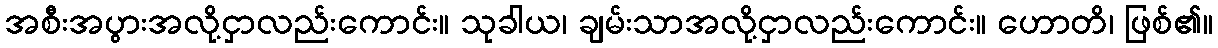
အစီးအပွားအလို့ငှာလည်းကောင်း။ သုခါယ၊ ချမ်းသာအလို့ငှာလည်းကောင်း။ ဟောတိ၊ ဖြစ်၏။